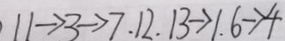
1 1 \rightarrow 3 \rightarrow 7 . 1 2 . 1 3 \rightarrow 1 . 6 \rightarrow 4